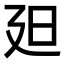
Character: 𣅄